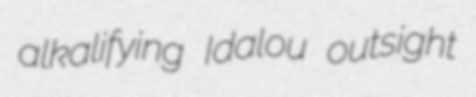
alkalifying Idalou outsight